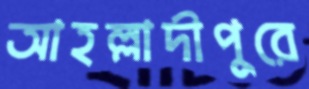
আহল্লাদীপুরে